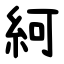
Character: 䋍